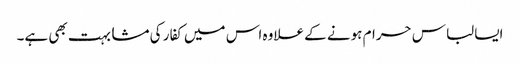
ایسا لباس حرام ہونے کے علاوہ اس میں کفار کی مشابہت بھی ہے۔